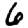
Digit: 6